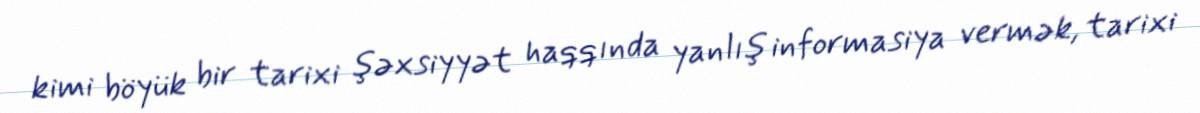
kimi böyük bir tarixi şəxsiyyət haqqında yanlış informasiya vermək, tarixi